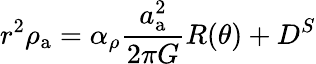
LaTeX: r^{2}\rho_{\mathrm{a}}=\alpha_{\rho}\frac{a_{\mathrm{a}}^{2}}{2\pi G}R(\theta)+D^{S}